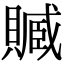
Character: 𧷢